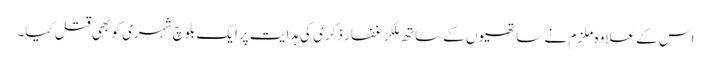
اس کے علاوہ ملزم نے ساتھیوں کے ساتھ مِلکر غفار ذکری کی ہدایت پرایک بلوچ شہری کو بھی قتل کیا۔